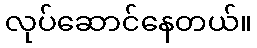
လုပ်ဆောင်နေတယ်။